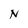
Character: N